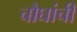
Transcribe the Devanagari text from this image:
चौघांची